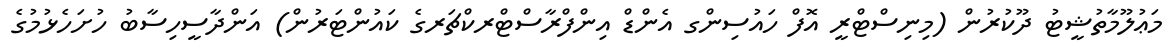
މަޢުލޫމާތުޝީޓު ދޫކުރުން (މިނިސްޓްރީ އޮފް ހައުސިންގ އެންޑް އިންފްރާސްޓްރކްޗަރގެ ކައުންޓަރުން) އަންދާސީހިސާބު ހުށަހެޅުމުގެ